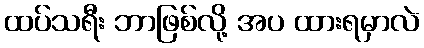
ထပ်သရီး ဘာဖြစ်လို့ အပ ထားရမှာလဲ